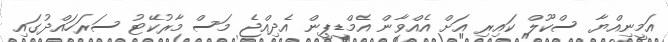
އަމީނިއްޔާ ސްކޫލް ކައިރި އަށް އެއްވާން އެމްޑީޕީން އެދިއްޖެ މަސް މާރުކޭޓު ސަރަހައްދުގައި